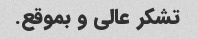
تشکر عالی و بموقع.